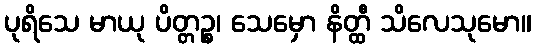
ပုရိသေ မာယု ပိတ္တဉ္စ၊ သေမှော နိတ္ထီ သိလေသုမော။